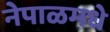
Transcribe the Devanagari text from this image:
नेपाळमधे